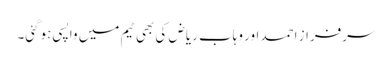
سرفراز احمد اور وہاب ریاض کی بھی ٹیم میں واپسی ہوگئی۔